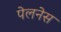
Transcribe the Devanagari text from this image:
पेलनेस